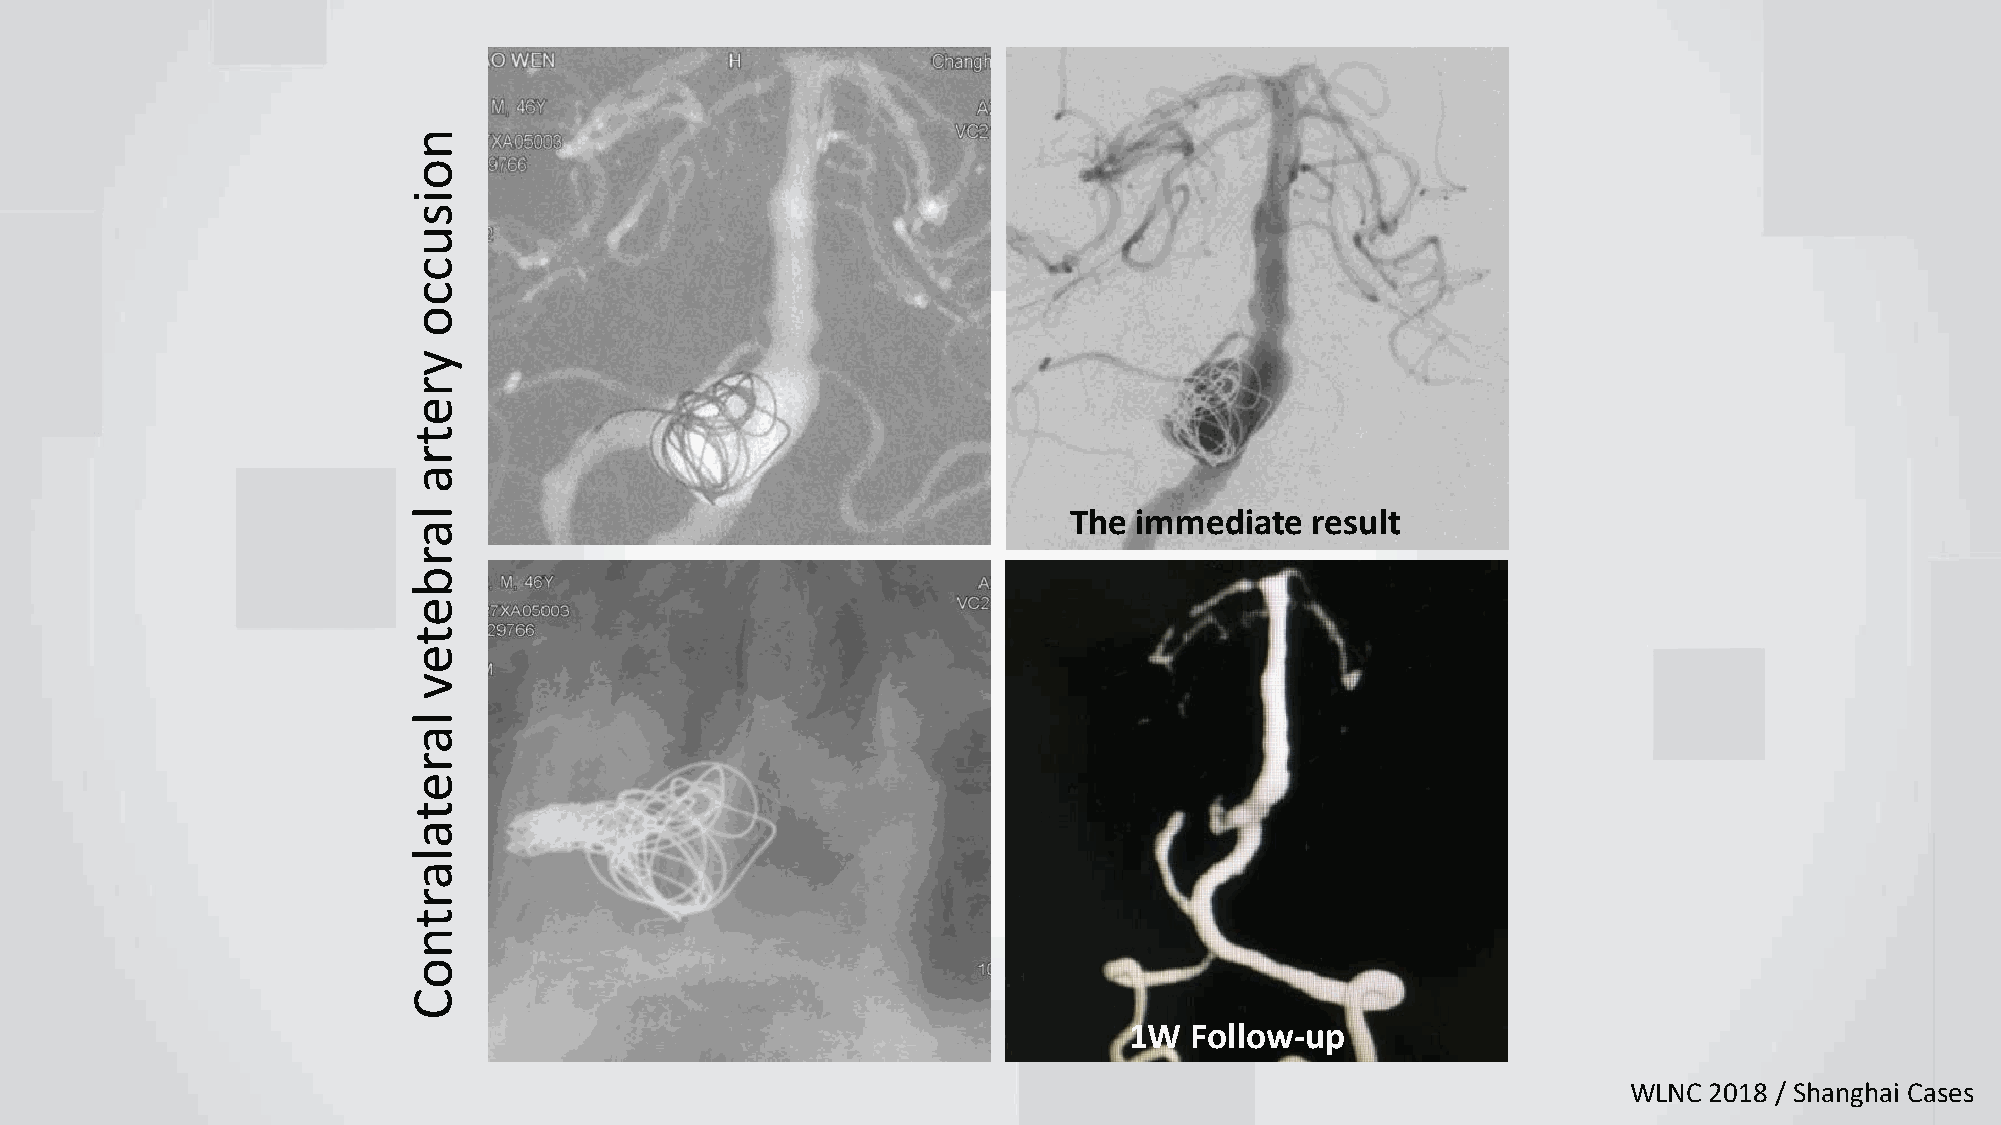
n
 o
 i
 s
 u
 c
 c
 o
 y
 r
 e
 t
 r
 a
 l                                           The immediate   result
 a
 r
 b
 e
 t
 e
 v
 l
 a
 r
 e
 t
 a
 l
 a
 r
 t
 n
 o
 C
 1W  Follow-up
 WLNC 2018 / Shanghai Cases